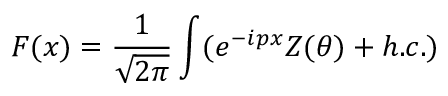
F ( x ) = \frac { 1 } { \sqrt { 2 \pi } } \int ( e ^ { - i p x } Z ( \theta ) + h . c . )